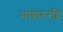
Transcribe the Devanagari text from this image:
भाषांतरहि